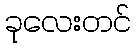
ခုလေးတင်